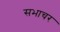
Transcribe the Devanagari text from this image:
सभाचर